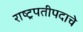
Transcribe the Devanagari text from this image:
राष्ट्रपतीपदाचे